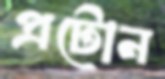
প্রটোন